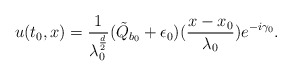
\begin{align*}u(t_{0},x)=\frac{1}{\lambda_{0}^{\frac{d}{2}}}(\tilde{Q}_{b_{0}}+\epsilon_{0})(\frac{x-x_{0}}{\lambda_{0}})e^{-i\gamma_{0}}.\end{align*}